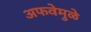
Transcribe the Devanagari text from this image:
अफवेमुळे